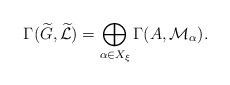
LaTeX: \begin{align*}\Gamma(\widetilde{G},\widetilde{\mathcal{L}})=\bigoplus_{\alpha\in X_\xi}\Gamma(A,\mathcal{M}_\alpha).\end{align*}